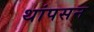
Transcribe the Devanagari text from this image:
थांपसन